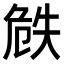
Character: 𠝰